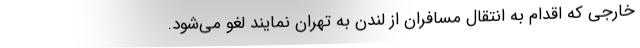
خارجی که اقدام به انتقال مسافران از لندن به تهران نمایند لغو می‌شود.